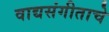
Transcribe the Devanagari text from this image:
वाद्यसंगीताचे